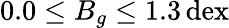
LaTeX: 0.0\leq B_{g}\leq 1.3\, \mathrm{dex}